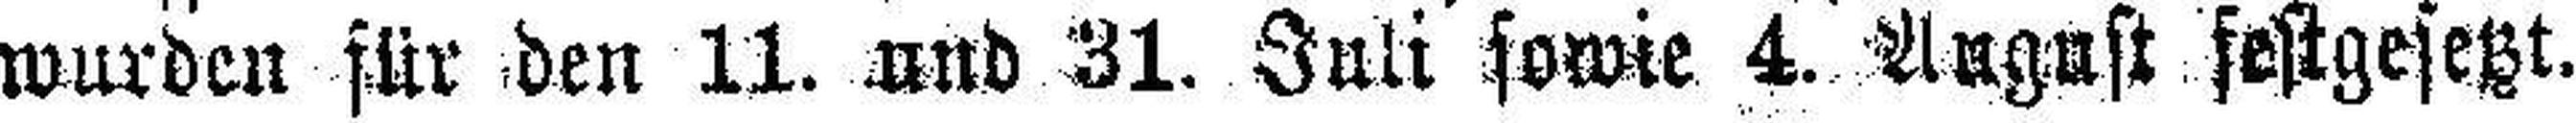
wurden für den 11. und 31. Juli sowie 4. August festgesetzt.